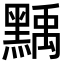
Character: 𪑴